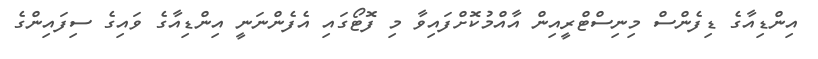
އިންޑިއާގެ ޑިފެންސް މިނިސްޓްރީއިން އާއްމުކޮށްފައިވާ މި ފޮޓޯގައި އެފެންނަނީ އިންޑިއާގެ ވައިގެ ސިފައިންގެ